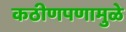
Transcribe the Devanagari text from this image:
कठीणपणामुळे